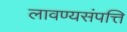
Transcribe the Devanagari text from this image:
लावण्यसंपत्ति